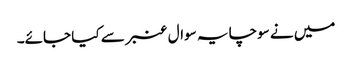
میں نے سوچا یہ سوال عنبر سے کیا جائے۔